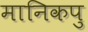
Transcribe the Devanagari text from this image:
मानिकपु